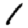
Digit: 1